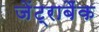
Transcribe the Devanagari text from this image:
जेंट्राबैंक